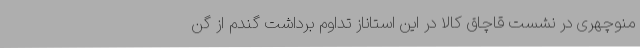
منوچهری در نشست قاچاق کالا در این استاناز تداوم برداشت گندم از گن